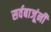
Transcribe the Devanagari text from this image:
सर्वबाजूंनी